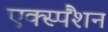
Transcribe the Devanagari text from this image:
एक्स्पैंशन